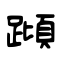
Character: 蹞